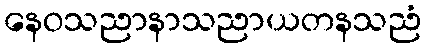
နေဝသညာနာသညာယတနသညံ